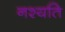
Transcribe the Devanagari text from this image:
नश्यति